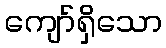
ကျော်ရှိသော